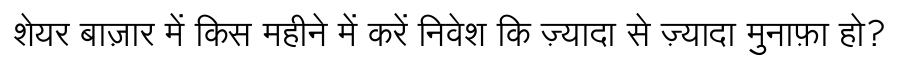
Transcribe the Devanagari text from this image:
शेयर बाज़ार में किस महीने में करें निवेश कि ज़्यादा से ज़्यादा मुनाफ़ा हो?